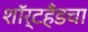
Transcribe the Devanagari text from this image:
शॉर्टहँडचा